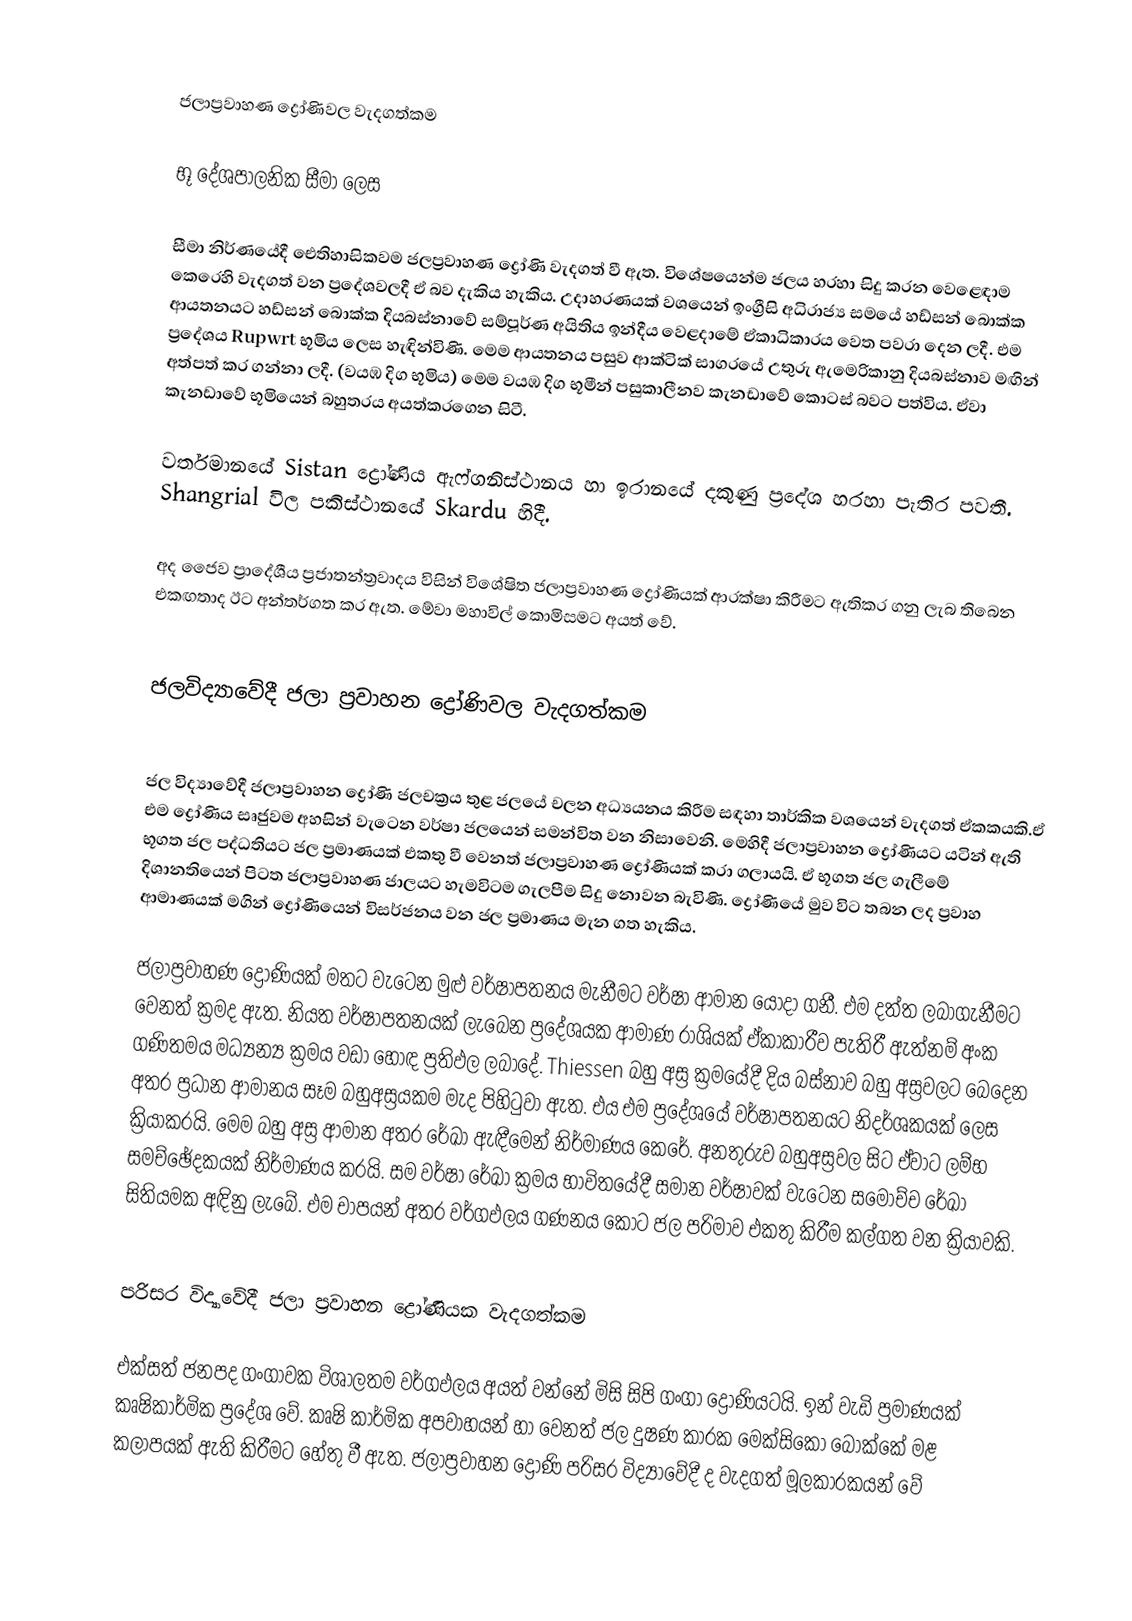

ජලාප්‍රවාහණ ද්‍රෝණිවල වැදගත්කම

භූ දේශපාලනික සීමා ලෙස

සීමා නිර්ණයේදී ඓතිහාසිකවම ජලප්‍රවාහණ ද්‍රෝණි වැදගත් වී ඇත. විශේෂයෙන්ම ජලය හරහා සිදු කරන වෙළෙඳාම කෙරෙහි වැදගත් වන ප්‍රදේශවලදී ඒ බව දැකිය හැකිය. උදාහරණයක් වශයෙන් ඉංග්‍රීසි අධිරාජ්‍ය සමයේ හඩ්සන් බොක්ක ආයතනයට හඩ්සන් බොක්ක දියබස්නාවේ සම්පූර්ණ අයිතිය ඉන්දීය වෙළදාමේ ඒකාධිකාරය වෙත පවරා දෙන ලදී. එම ප්‍රදේශය Rupwrt භූමිය ලෙස හැඳින්විණි. මෙම ආයතනය පසුව ආක්ටික් සාගරයේ උතුරු ඇමෙරිකානු දියබස්නාව මඟින් අත්පත් කර ගන්නා ලදී. (වයඹ දිග භූමිය) මෙම වයඹ දිග භූමීන් පසුකාලීනව කැනඩාවේ කොටස් බවට පත්විය. ඒවා කැනඩාවේ භූමියෙන් බහුතරය අයත්කරගෙන සිටී.

වර්තමානයේ Sistan ද්‍රෝණිය ඇෆ්ගනිස්ථානය හා ඉරානයේ දකුණු ප්‍රදේශ හරහා පැතිර පවතී. Shangrial විල පකිස්ථානයේ Skardu හිදී.

අද ජෛව ප්‍රාදේශීය ප්‍රජාතන්ත්‍රවාදය විසින් විශේෂිත ජලාප්‍රවාහණ ද්‍රෝණියක් ආරක්ෂා කිරීමට ඇතිකර ගනු ලැබ තිබෙන එකඟතාද ඊට අන්තර්ගත කර ඇත. මේවා මහාවිල් කොමිසමට අයත් වේ.

ජලවිද්‍යාවේදී ජලා ප්‍රවාහන ද්‍රෝණිවල වැදගත්කම

ජල විද්‍යාවේදී ජලාප්‍රවාහන ද්‍රෝණි ජලචක්‍රය තුළ ජලයේ චලන අධ්‍යයනය කිරීම සඳහා තාර්කික වශයෙන් වැදගත් ඒකකයකි.ඒ එම ද්‍රෝණිය සෘජුවම අහසින් වැටෙන වර්ෂා ජලයෙන් සමන්විත වන නිසාවෙනි. මෙහිදී ජලාප්‍රවාහන ද්‍රෝණියට යටින් ඇති භූගත ජල පද්ධතියට ජල ප්‍රමාණයක් එකතු වී වෙනත් ජලාප්‍රවාහණ ද්‍රෝණියක් කරා ගලායයි. ඒ භූගත ජල ගැලීමේ දිශානතියෙන් පිටත ජලාප්‍රවාහණ ජාලයට හැමවිටම ගැලපීම සිදු නොවන බැවිණි. ද්‍රෝණියේ මුව විට තබන ලද ප්‍රවාහ ආමාණයක් මගින් ද්‍රෝණියෙන් විසර්ජනය වන ජල ප්‍රමාණය මැන ගත හැකිය.

ජලාප්‍රවාහණ ද්‍රෝණියක් මතට වැටෙන මුළු වර්ෂාපතනය මැනීමට වර්ෂා ආමාන යොදා ගනී. එම දත්ත ලබාගැනීමට වෙනත් ක්‍රමද ඇත. නියත වර්ෂාපතනයක් ලැබෙන ප්‍රදේශයක ආමාණ රාශියක් ඒකාකාරීව පැතිරී ඇත්නම් අංක ගණිතමය මධ්‍යන්‍ය ක්‍රමය වඩා හොඳ ප්‍රතිඵල ලබාදේ. Thiessen බහු අස්‍ර ක්‍රමයේදී දිය බස්නාව බහු අස්‍රවලට බෙදෙන අතර ප්‍රධාන ආමානය සෑම බහුඅස්‍රයකම මැද පිහිටුවා ඇත. එය එම ප්‍රදේශයේ වර්ෂාපතනයට නිදර්ශකයක් ලෙස ක්‍රියාකරයි. මෙම බහු අස්‍ර ආමාන අතර රේඛා ඇඳීමෙන් නිර්මාණය කෙරේ. අනතුරුව බහුඅස්‍රවල සිට ඒවාට ලම්භ සමච්ඡේදකයක් නිර්මාණය කරයි. සම වර්ෂා රේඛා ක්‍රමය භාවිතයේදී සමාන වර්ෂාවක් වැටෙන සමෝච්ච රේඛා සිතියමක අඳිනු ලැබේ. එම චාපයන් අතර වර්ගඵලය ගණනය කොට ජල පරිමාව එකතු කිරීම කල්ගත වන ක්‍රියාවකි.

පරිසර විද්‍යාවේදී ජලා ප්‍රවාහන ද්‍රෝණියක වැදගත්කම

එක්සත් ජනපද ගංගාවක විශාලතම වර්ගඵලය අයත් වන්නේ මිසි සිපි ගංගා ද්‍රෝණියටයි. ඉන් වැඩි ප්‍රමාණයක් කෘෂිකාර්මික ප්‍රදේශ වේ. කෘෂි කාර්මික අපවාහයන් හා වෙනත් ජල දුෂණ කාරක මෙක්සිකෝ බොක්කේ මළ කලාපයක් ඇති කිරීමට හේතු වී ඇත. ජලාප්‍රවාහන ද්‍රෝණි පරිසර විද්‍යාවේදී ද වැදගත් මූලකාරකයන් වේ